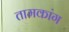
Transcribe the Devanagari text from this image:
तामकांग